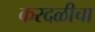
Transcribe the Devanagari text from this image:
करदळीचा